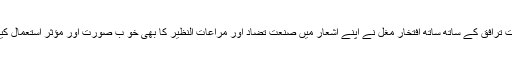
صنعت ترافق کے ساتھ ساتھ افتخارؔ مغل نے اپنے اشعار میں صنعت تضاد اور مراعات النظیر کا بھی خو ب صورت اور مؤثر استعمال کیا ہے۔